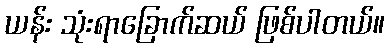
ယန်း သုံးရာခြောက်ဆယ် ဖြစ်ပါတယ်။